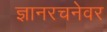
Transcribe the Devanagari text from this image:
ज्ञानरचनेवर